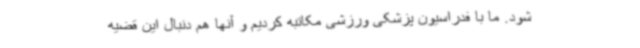
شود. ما با فدراسیون پزشکی ورزشی مکاتبه کردیم و آنها هم دنبال این قضیه